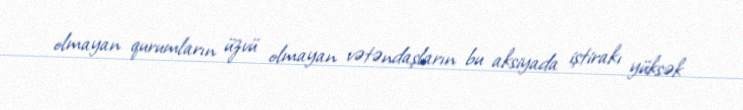
olmayan qurumların üzvü olmayan vətəndaşların bu aksiyada iştirakı yüksək